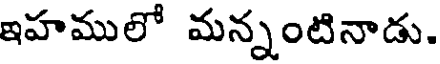
ఇహములో మన్నంటినాడు.